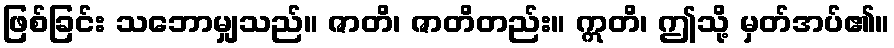
ဖြစ်ခြင်း သဘောမျှသည်။ ဇာတိ၊ ဇာတိတည်း။ ဣတိ၊ ဤသို့ မှတ်အပ်၏။